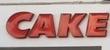
cake